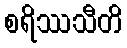
စရိဿသီတိ